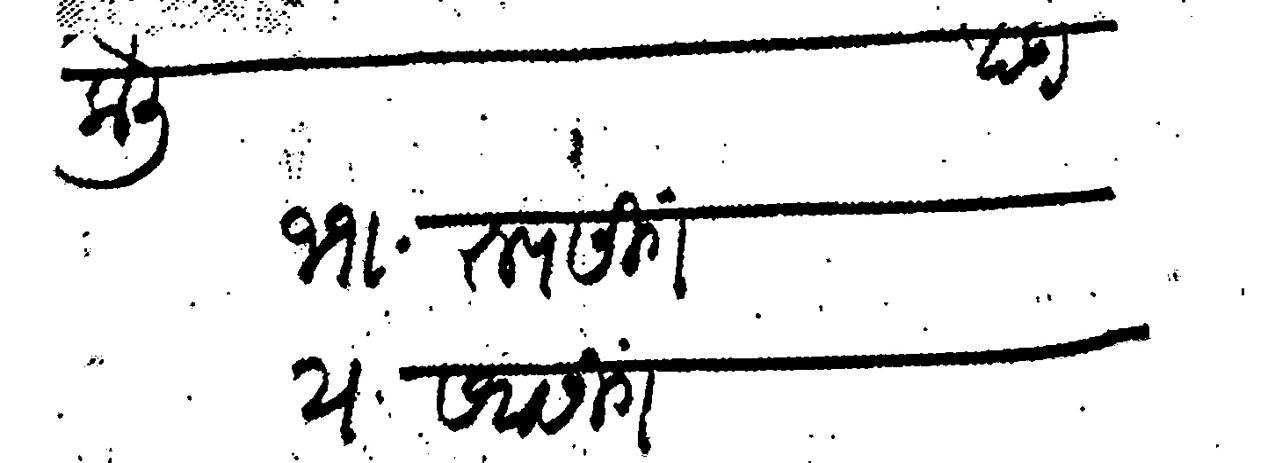
Transliteration (Devanagari): कैली  खंडी ११ रूपसिंग २ सवासिंग